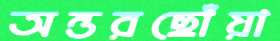
অন্তরছোঁয়া